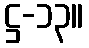
ဋ္ဌ-၁၃။